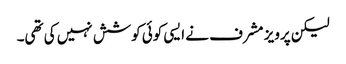
لیکن پرویز مشرف نے ایسی کوئی کوشش نہیں کی تھی۔